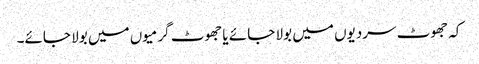
کہ جھوٹ سردیوں میں بولا جائے یا جھوٹ گرمیوں میں بولا جائے۔